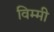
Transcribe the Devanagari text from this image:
विम्मी